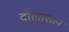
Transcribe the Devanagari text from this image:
दोलासाने